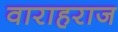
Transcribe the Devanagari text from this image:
वाराहराज